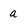
Character: a